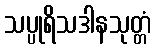
သပ္ပုရိသဒါနသုတ္တံ